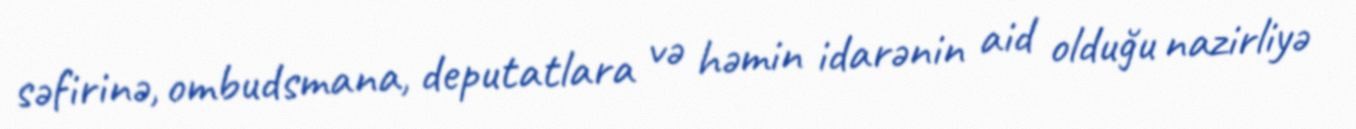
səfirinə, ombudsmana, deputatlara və həmin idarənin aid olduğu nazirliyə